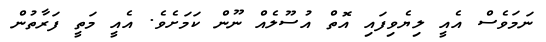
ނަމަވެސް އެއީ ލިޔެވިފައި އޮތް އުސޫލެއް ނޫން ކަމަށެވެ. އެއީ މަތީ ފަރާތުން